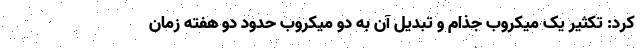
کرد: تکثیر یک میکروب جذام و تبدیل آن به دو میکروب حدود دو هفته زمان